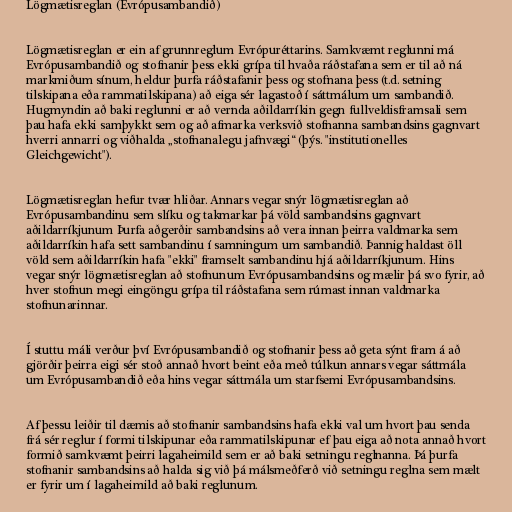
Lögmætisreglan (Evrópusambandið)

Lögmætisreglan er ein af grunnreglum Evrópuréttarins. Samkvæmt reglunni má
Evrópusambandið og stofnanir þess ekki grípa til hvaða ráðstafana sem er til að ná
markmiðum sínum, heldur þurfa ráðstafanir þess og stofnana þess (t.d. setning
tilskipana eða rammatilskipana) að eiga sér lagastoð í sáttmálum um sambandið.
Hugmyndin að baki reglunni er að vernda aðildarríkin gegn fullveldisframsali sem
þau hafa ekki samþykkt sem og að afmarka verksvið stofnanna sambandsins gagnvart
hverri annarri og viðhalda „stofnanalegu jafnvægi“ (þýs. "institutionelles
Gleichgewicht").

Lögmætisreglan hefur tvær hliðar. Annars vegar snýr lögmætisreglan að
Evrópusambandinu sem slíku og takmarkar þá völd sambandsins gagnvart
aðildarríkjunum Þurfa aðgerðir sambandsins að vera innan þeirra valdmarka sem
aðildarríkin hafa sett sambandinu í samningum um sambandið. Þannig haldast öll
völd sem aðildarríkin hafa "ekki" framselt sambandinu hjá aðildarríkjunum. Hins
vegar snýr lögmætisreglan að stofnunum Evrópusambandsins og mælir þá svo fyrir, að
hver stofnun megi eingöngu grípa til ráðstafana sem rúmast innan valdmarka
stofnunarinnar.

Í stuttu máli verður því Evrópusambandið og stofnanir þess að geta sýnt fram á að
gjörðir þeirra eigi sér stoð annað hvort beint eða með túlkun annars vegar sáttmála
um Evrópusambandið eða hins vegar sáttmála um starfsemi Evrópusambandsins.

Af þessu leiðir til dæmis að stofnanir sambandsins hafa ekki val um hvort þau senda
frá sér reglur í formi tilskipunar eða rammatilskipunar ef þau eiga að nota annað hvort
formið samkvæmt þeirri lagaheimild sem er að baki setningu reglnanna. Þá þurfa
stofnanir sambandsins að halda sig við þá málsmeðferð við setningu reglna sem mælt
er fyrir um í lagaheimild að baki reglunum.